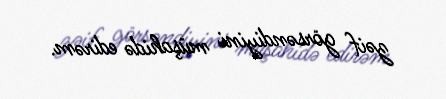
zəif görsəndiyini müşahidə edirəm.